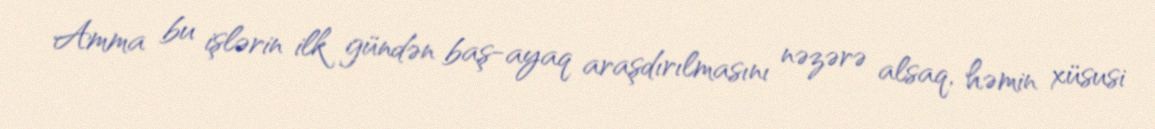
Amma bu işlərin ilk gündən baş-ayaq araşdırılmasını nəzərə alsaq, həmin xüsusi